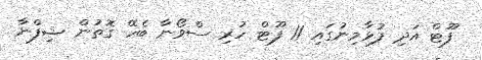
ފޫޓް އަދި ފުޅާމިނުގައި 11 ފޫޓް ހުރި ސްވޯނާ ބެހޭ ގޮތުން ޝިފްނާ